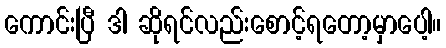
ကောင်းပြီ ဒါ ဆိုရင်လည်းစောင့်ရတော့မှာပေါ့။